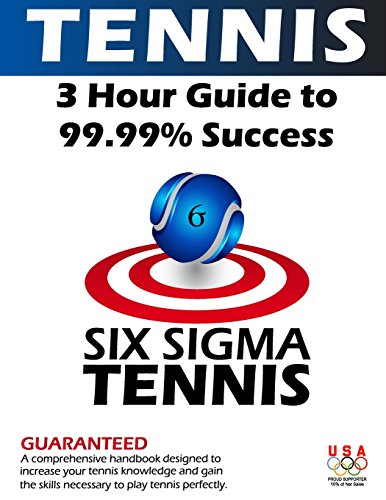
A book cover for Six Sigma Tennis; Steven Falk; Sports & Outdoors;